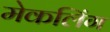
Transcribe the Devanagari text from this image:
मेकलिंग